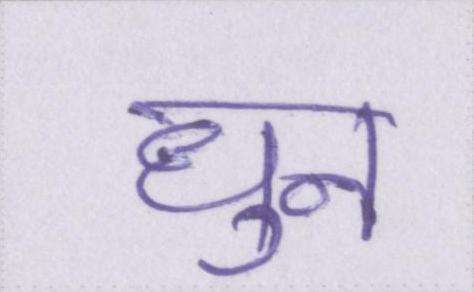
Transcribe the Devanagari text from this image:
धुन